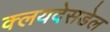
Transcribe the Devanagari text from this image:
क्लयदेसडेल